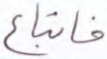
فاتباع